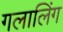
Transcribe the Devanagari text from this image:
गलालिंग